Leaving Certificate Examination (including Day School Certificate (Higher) General paper), 1931
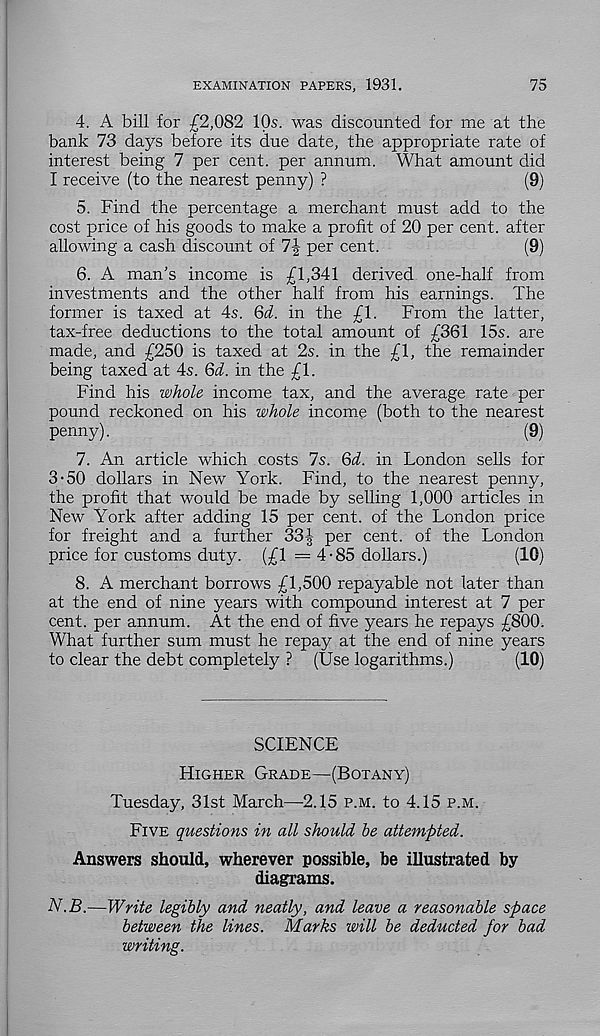
EXAMINATION PAPERS, 1931.
75
4. A bill for £2,082 IQs. was discounted for me at the
bank 73 days before its due date, the appropriate rate of
interest being 7 per cent, per annum. What amount did
I receive (to the nearest penny) ?
(9)
5. Find the percentage a merchant must add to the
cost price of his goods to make a profit of 20 per cent, after
allowing a cash discount of 7J per cent.
(9)
6. A man’s income is £1,341 derived one-half from
investments and the other half from his earnings. The
former is taxed at 4s. Qd. in the £1.
From the latter,
tax-free deductions to the total amount of £361 15s. are
made, and £250 is taxed at 2s. in the £1, the remainder
being taxed at 4s. Qd. in the £1.
Find his whole income tax, and the average rate per
pound reckoned on his whole income (both to the nearest
penny).
(9)
7. An article which costs 7s. Qd. in London sells for
3-50 dollars in New York. Find, to the nearest penny,
the profit that would be made by selling 1,000 articles in
New York after adding 15 per cent, of the London price
for freight and a further 33| per cent, of the London
price for customs duty. (£1 =4-85 dollars.)
(10)
8. A merchant borrows £1,500 repayable not later than
at the end of nine years with compound interest at 7 per
cent, per annum. At the end of five years he repays £800.
What further sum must he repay at the end of nine years
to clear the debt completely ? (Use logarithms.)
(10)
SCIENCE
Higher Grade—(Botany)
Tuesday, 31st March—2.15 p.m. to 4.15 p.m.
Five questions in all should be attempted.
Answers should, wherever possible, be illustrated by
diagrams.
IV. 23.—Write legibly and neatly, and leave a reasonable space
between the lines. Marks will be deducted for bad
writing.